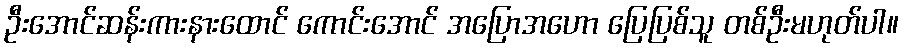
ဦးအောင်ဆန်းကားနားထောင် ကောင်းအောင် အပြောအဟော ပြေပြစ်သူ တစ်ဦးမဟုတ်ပါ။